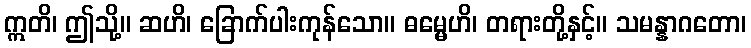
ဣတိ၊ ဤသို့။ ဆဟိ၊ ခြောက်ပါးကုန်သော။ ဓမ္မေဟိ၊ တရားတို့နှင့်။ သမန္နာဂတော၊